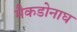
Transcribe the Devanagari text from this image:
मैकडोनाघ